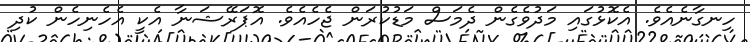
ހިނގާނެއެވެ. އެކޮޅުގައި މަދުވެގެން ދެމަސް މަޑުކުރަން ޖެހެއެވެ. އޮޕަރޭޝަނާ އެކީ އެހެނިހެން ކުދި